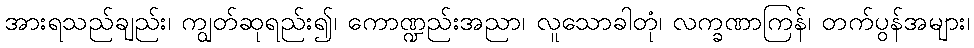
အားရသည်ချည်း၊ ကျွတ်ဆုရည်း၍၊ ကောဏ္ဍည်းအညာ၊ လူသောခါတုံ၊ လက္ခဏာကြန်၊ တက်ပွန်အများ၊